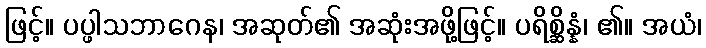
ဖြင့်။ ပပ္ဖါသဘာဂေန၊ အဆုတ်၏ အဆုံးအဖို့ဖြင့်။ ပရိစ္ဆိန္နံ၊ ၏။ အယံ၊